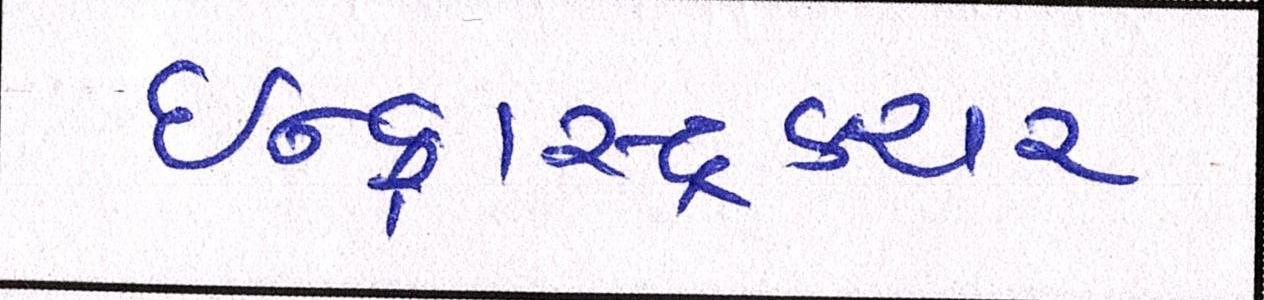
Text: ઇન્ફ્રાસ્ટ્રકચર